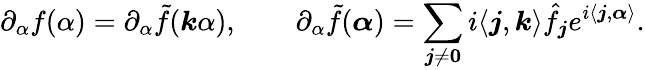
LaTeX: \partial_{\alpha}f(\alpha)=\partial_{\alpha}\tilde{f}(\boldsymbol k\alpha),\qquad\partial_{\alpha}\tilde{f}(\boldsymbol\alpha)=\sum_{\boldsymbol j\neq\boldsymbol 0}i\langle\boldsymbol j,\boldsymbol k\rangle\hat{f}_{\boldsymbol j}e^{i\langle\boldsymbol j,\boldsymbol\alpha\rangle}.